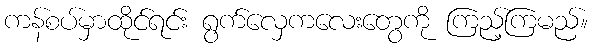
ကန်စပ်မှာထိုင်ရင်း ရွက်လှေကလေးတွေကို ကြည့်ကြမည်။